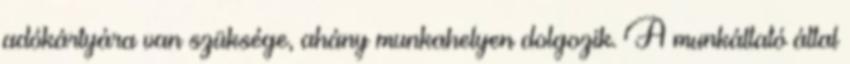
adókártyára van szüksége, ahány munkahelyen dolgozik. A munkáltató által